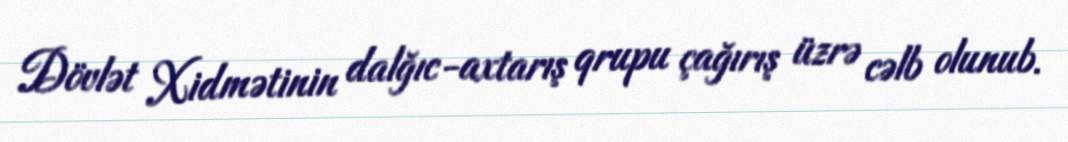
Dövlət Xidmətinin dalğıc-axtarış qrupu çağırış üzrə cəlb olunub.